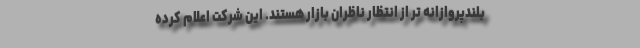
بلندپروازانه تر از انتظار ناظران بازار هستند. این شرکت اعلام کرده